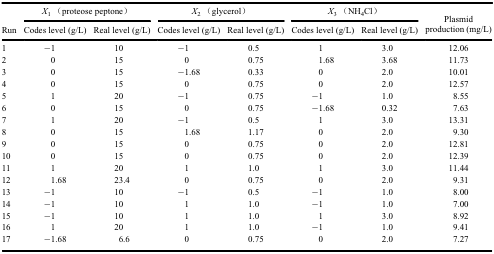
<table><thead><tr><td><b> </b></td><td colspan="2"><b><i>X</i><sub>1</sub> (proteose peptone)</b></td><td colspan="2"><b><i>X</i><sub>2</sub> (glycerol)</b></td><td colspan="2"><b><i>X</i><sub>3</sub> (NH<sub>4</sub>Cl)</b></td><td><b> </b></td></tr><tr><td><b>Run</b></td><td><b>Codes level (g/L)</b></td><td><b>Real level (g/L)</b></td><td><b>Codes level (g/L)</b></td><td><b>Real level (g/L)</b></td><td><b>Codes level (g/L)</b></td><td><b>Real level (g/L)</b></td><td><b>Plasmid production (mg/L)</b></td></tr></thead><tbody><tr><td>1</td><td>−1</td><td>10</td><td>−1</td><td>0.5</td><td>1</td><td>3.0</td><td>12.06</td></tr><tr><td>2</td><td>0</td><td>15</td><td>0</td><td>0.75</td><td>1.68</td><td>3.68</td><td>11.73</td></tr><tr><td>3</td><td>0</td><td>15</td><td>−1.68</td><td>0.33</td><td>0</td><td>2.0</td><td>10.01</td></tr><tr><td>4</td><td>0</td><td>15</td><td>0</td><td>0.75</td><td>0</td><td>2.0</td><td>12.57</td></tr><tr><td>5</td><td>1</td><td>20</td><td>−1</td><td>0.75</td><td>−1</td><td>1.0</td><td>8.55</td></tr><tr><td>6</td><td>0</td><td>15</td><td>0</td><td>0.75</td><td>−1.68</td><td>0.32</td><td>7.63</td></tr><tr><td>7</td><td>1</td><td>20</td><td>−1</td><td>0.5</td><td>1</td><td>3.0</td><td>13.31</td></tr><tr><td>8</td><td>0</td><td>15</td><td>1.68</td><td>1.17</td><td>0</td><td>2.0</td><td>9.30</td></tr><tr><td>9</td><td>0</td><td>15</td><td>0</td><td>0.75</td><td>0</td><td>2.0</td><td>12.81</td></tr><tr><td>10</td><td>0</td><td>15</td><td>0</td><td>0.75</td><td>0</td><td>2.0</td><td>12.39</td></tr><tr><td>11</td><td>1</td><td>20</td><td>1</td><td>1.0</td><td>1</td><td>3.0</td><td>11.44</td></tr><tr><td>12</td><td>1.68</td><td>23.4</td><td>0</td><td>0.75</td><td>0</td><td>2.0</td><td>9.31</td></tr><tr><td>13</td><td>−1</td><td>10</td><td>−1</td><td>0.5</td><td>−1</td><td>1.0</td><td>8.00</td></tr><tr><td>14</td><td>−1</td><td>10</td><td>1</td><td>1.0</td><td>−1</td><td>1.0</td><td>7.00</td></tr><tr><td>15</td><td>−1</td><td>10</td><td>1</td><td>1.0</td><td>1</td><td>3.0</td><td>8.92</td></tr><tr><td>16</td><td>1</td><td>20</td><td>1</td><td>1.0</td><td>−1</td><td>1.0</td><td>9.41</td></tr><tr><td>17</td><td>−1.68</td><td>6.6</td><td>0</td><td>0.75</td><td>0</td><td>2.0</td><td>7.27</td></tr></tbody></table>